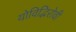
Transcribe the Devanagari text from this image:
योविद्भिरोवी